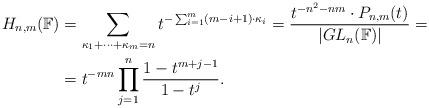
LaTeX: \begin{align*}H_{n,m}(\mathbb F)&=\sum_{\kappa_1+\cdots+\kappa_m=n}t^{-\sum_{i=1}^m(m-i+1)\cdot \kappa_{i}}=\frac{t^{-n^2-nm}\cdot P_{n,m}(t)}{|GL_n(\mathbb F)|}=\\&=t^{-mn}\prod_{j=1}^{n}\frac{1-t^{m+j-1}}{1-t^{j}}.\end{align*}